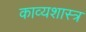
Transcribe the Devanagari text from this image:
काव्‍यशास्‍त्र